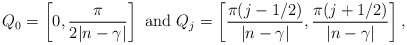
\begin{align*}Q _0=\left[0,\frac{\pi}{2|n-\gamma|}\right ]\ {\rm and}\ Q_j=\left[\frac{\pi(j-1/2)}{|n-\gamma|},\frac{\pi(j+1/2)}{|n-\gamma|}\right], \end{align*}